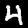
Label: 4